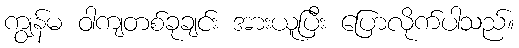
ကျွန်မ ဝါကျတစ်ခုချင်း အားယူပြီး ပြောလိုက်ပါသည်။